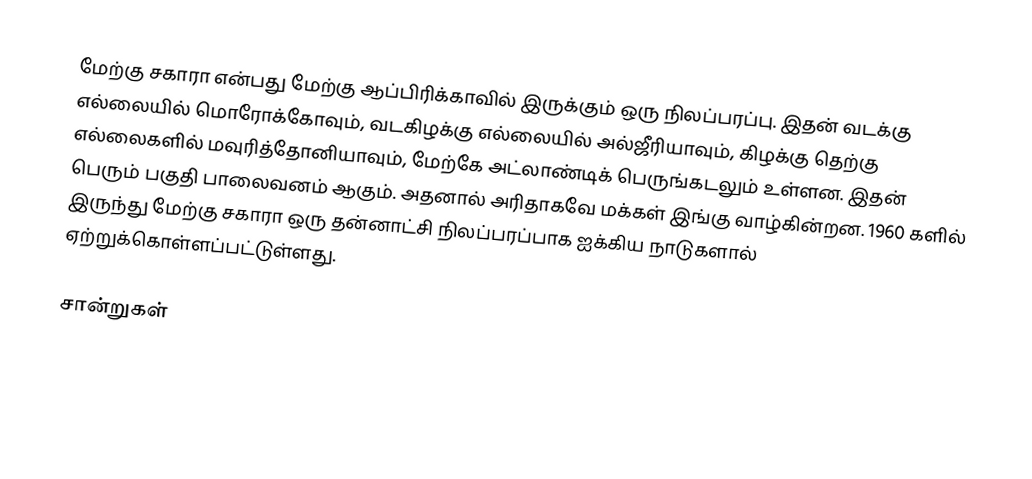
மேற்கு சகாரா என்பது மேற்கு ஆப்பிரிக்காவில் இருக்கும் ஒரு நிலப்பரப்பு. இதன் வடக்கு எல்லையில் மொரோக்கோவும், வடகிழக்கு எல்லையில் அல்ஜீரியாவும், கிழக்கு தெற்கு எல்லைகளில் மவுரித்தோனியாவும், மேற்கே அட்லாண்டிக் பெருங்கடலும் உள்ளன. இதன் பெரும் பகுதி பாலைவனம் ஆகும். அதனால் அரிதாகவே மக்கள் இங்கு வாழ்கின்றன. 1960 களில் இருந்து மேற்கு சகாரா ஒரு தன்னாட்சி நிலப்பரப்பாக ஐக்கிய நாடுகளால் ஏற்றுக்கொள்ளப்பட்டுள்ளது.

சான்றுகள்